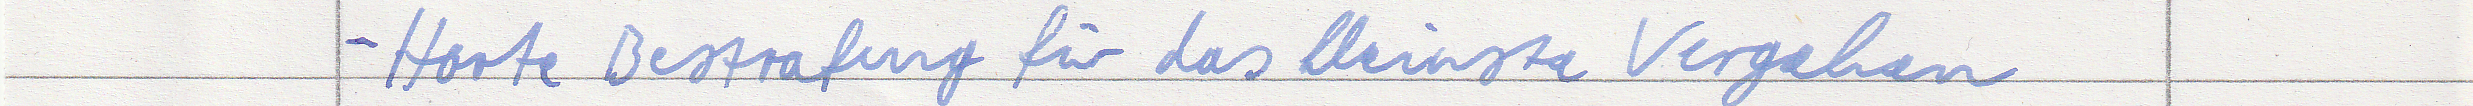
- Harte Bestrafung für das kleinste Vergehen